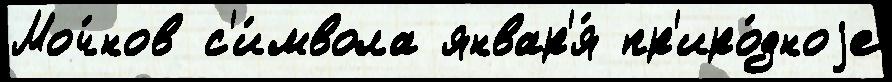
Моч́нов с'и́мвола январ'я́ пр'иро́дноjе